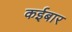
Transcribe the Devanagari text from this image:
कईबार